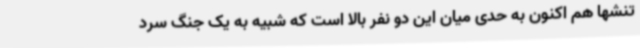
تنشها هم اکنون به حدی میان این دو نفر بالا است که شبیه به یک جنگ سرد